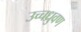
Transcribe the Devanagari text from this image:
उच्चध्रुवण